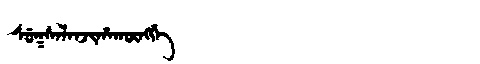
Manchu: ᠰᡠᡴᠰᠠᠯᠠᠨᠵᡳᡥᠠᡴᡡᠩᡤᡝ
Romanization: SUKSALANJIHAKŪNGGE